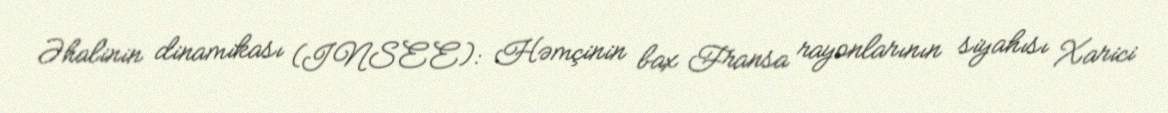
Əhalinin dinamikası (INSEE): Həmçinin bax Fransa rayonlarının siyahısı Xarici